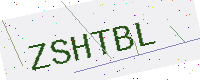
Text: ZSHTBL